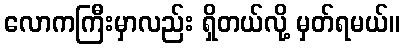
လောကကြီးမှာလည်း ရှိတယ်လို့ မှတ်ရမယ်။